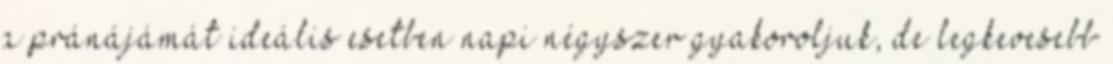
a pránájámát ideális esetben napi négyszer gyakoroljuk, de legkevesebb